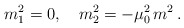
\begin{align*}m_1^2=0, \quad m_2^2=-\mu_0^2\,m^2\,{.}\end{align*}